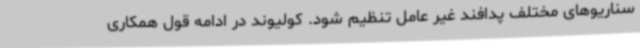
سناریوهای مختلف پدافند غیر عامل تنظیم شود. کولیوند در ادامه قول همکاری